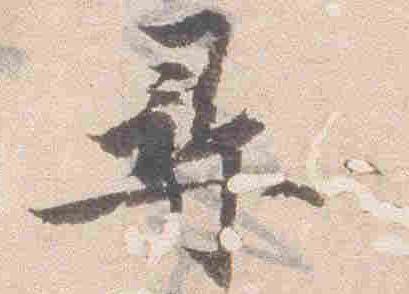
尋